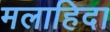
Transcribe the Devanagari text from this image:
मलाहिदा